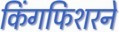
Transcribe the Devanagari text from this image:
किंगफिशरने